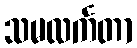
သမလင်္ကတာ